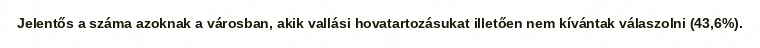
Jelentős a száma azoknak a városban, akik vallási hovatartozásukat illetően nem kívántak válaszolni (43,6%).